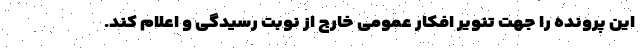
این پرونده را جهت تنویر افکار عمومی خارج از نوبت رسیدگی و اعلام کند.